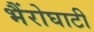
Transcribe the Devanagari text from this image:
भैंरोघाटी